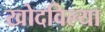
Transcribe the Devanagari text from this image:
खोदविल्या